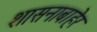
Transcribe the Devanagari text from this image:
शासनाबाहेर